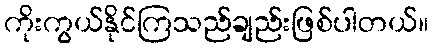
ကိုးကွယ်နိုင်ကြသည်ချည်းဖြစ်ပါတယ်။